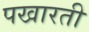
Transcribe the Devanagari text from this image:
पखारती